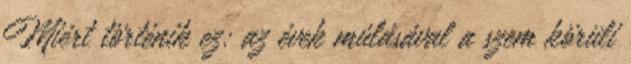
Miért történik ez: az évek múlásával a szem körüli